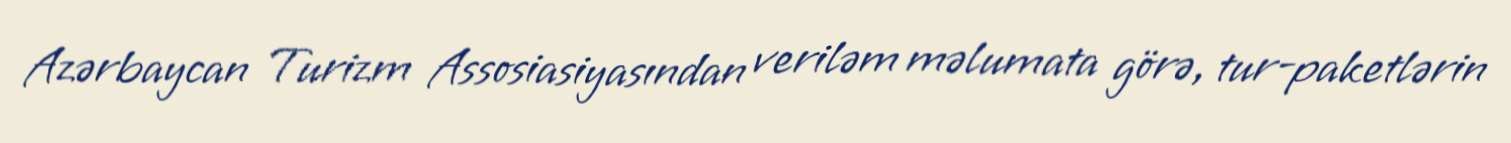
Azərbaycan Turizm Assosiasiyasından veriləm məlumata görə, tur-paketlərin